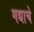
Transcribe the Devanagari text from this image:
गद्याचे